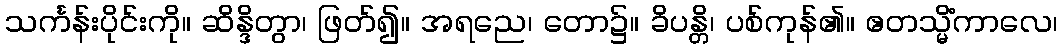
သင်္ကန်းပိုင်းကို။ ဆိန္ဒိတွာ၊ ဖြတ်၍။ အရညေ၊ တော၌။ ခိပန္တိ၊ ပစ်ကုန်၏။ ဧတသ္မိံကာလေ၊